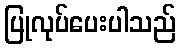
ပြုလုပ်ပေးပါသည်